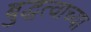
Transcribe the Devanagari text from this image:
बुद्धत्वाच्या